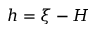
h = \xi - H